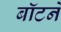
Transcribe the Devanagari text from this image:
बॉटने